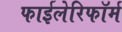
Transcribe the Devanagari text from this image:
फाईलेरिफॉर्म